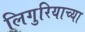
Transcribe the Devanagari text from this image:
लिगुरियाच्या